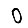
Digit: 0